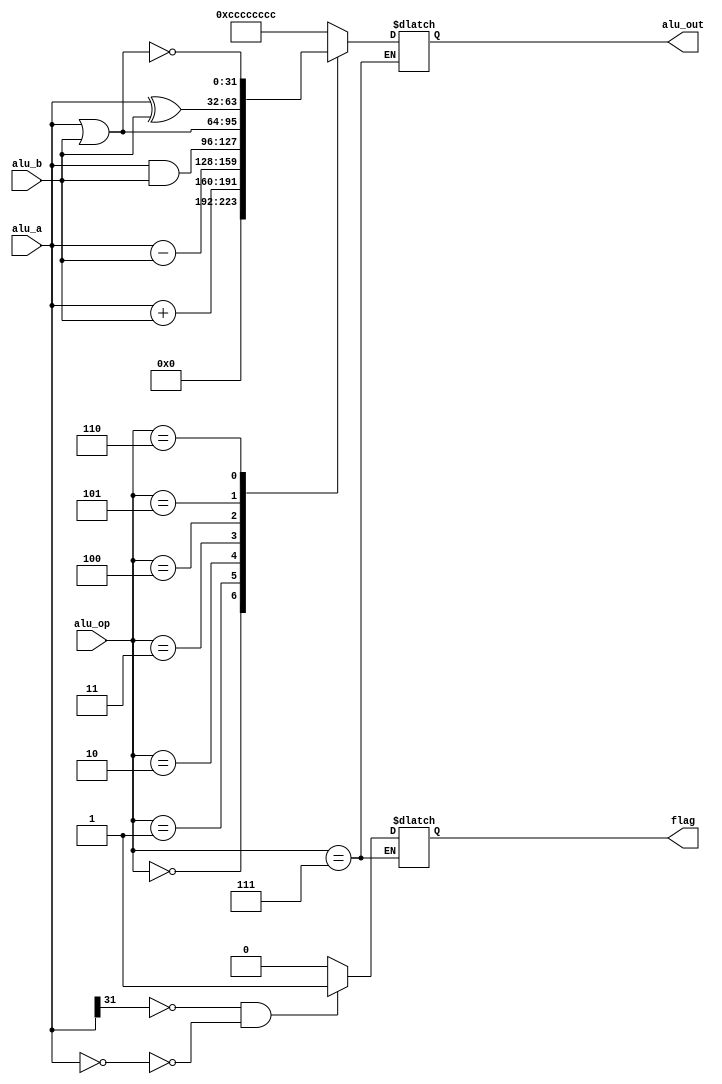
module ALU(
input signed [31:0] alu_a,
input signed [31:0] alu_b,
input [4:0] alu_op,
output [31:0] alu_out,
output reg flag
);


assign alu_out = alu_out2;


reg [31:0] alu_out2;

always @(*)
begin
	case(alu_op)
		5'h0:
			alu_out2=32'b0;
		5'h1:
			alu_out2=alu_a+alu_b;
		5'h2:
			alu_out2=alu_a-alu_b;
		5'h3:
			alu_out2=alu_a&alu_b;
		5'h4:
			alu_out2=alu_a|alu_b;
		5'h5:
			alu_out2=alu_a^alu_b;
		5'h6:
			alu_out2=~(alu_a|alu_b);
		5'h7: //bgtz
			begin
				if(alu_a[31]==0 && (!(alu_a==32'b0)))
					flag=1;
				else
					flag=0;
			end
		default:
			alu_out2=32'hcccccccc;
	endcase
end


endmodule